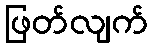
ဖြတ်လျက်